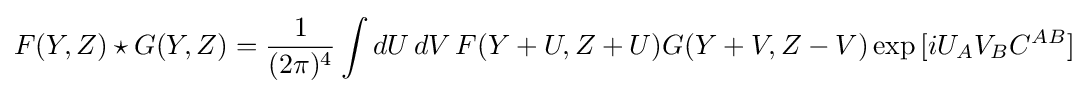
F(Y,Z)\star G(Y,Z)={\frac {1}{(2\pi )^{4}}}\int dU\,dV\,F(Y+U,Z+U)G(Y+V,Z-V)\exp {[iU_{A}V_{B}C^{AB}]}